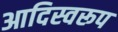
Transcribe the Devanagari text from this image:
आदिस्वरूप